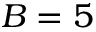
B = 5